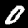
Digit: 0